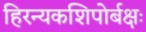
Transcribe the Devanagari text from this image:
हिरन्यकशिपोर्बक्षः